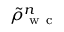
\tilde { \rho } _ { \mathrm { ~ w ~ c ~ } } ^ { n }